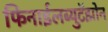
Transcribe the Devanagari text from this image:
फिनाईलब्युटॅझोन